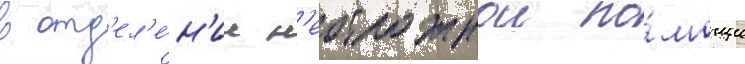
в отд'ел'е́н'ие н'еотложнои по́мощи